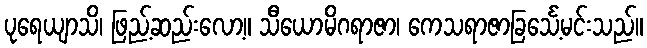
ပုရေယျာသိ၊ ဖြည့်ဆည်းလော့။ သီယောမိဂရာဇာ၊ ကေသရာဇာခြင်္သေ့မင်းသည်။